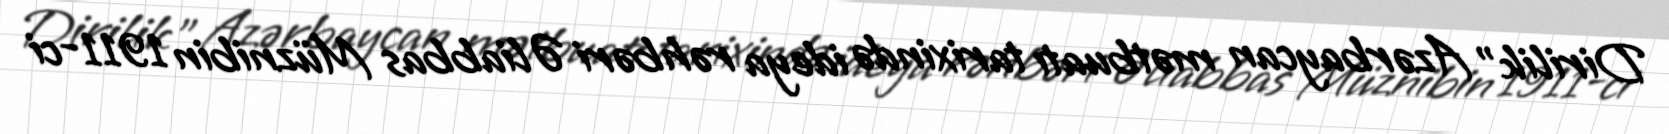
Dirilik" Azərbaycan mətbuatı tarixində ideya rəhbəri Əliabbas Müznibin 1911-ci